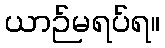
ယာဉ်မရပ်ရ။